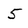
Character: 5